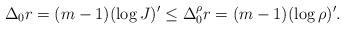
LaTeX: \begin{align*}\Delta_0r =(m-1)(\log J)' \leq \Delta_0^{\rho}r =(m-1)(\log \rho)'.\end{align*}